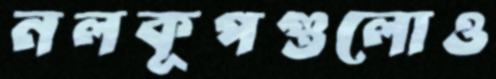
নলকূপগুলোও